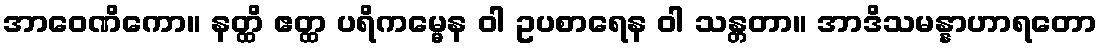
အာဝေဏိကော။ နတ္ထိ ဧတ္ထ ပရိကမ္မေန ဝါ ဥပစာရေန ဝါ သန္တတာ။ အာဒိသမန္နာဟာရတော